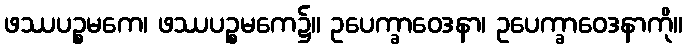
ဖဿပဉ္စမကေ၊ ဖဿပဉ္စမကေ၌။ ဥပေက္ခာဝေဒနာ၊ ဥပေက္ခာဝေဒနာကို။